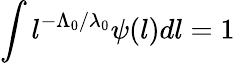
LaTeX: \int l^{-\Lambda_{0}/\lambda_{0}}\psi(l)dl=1